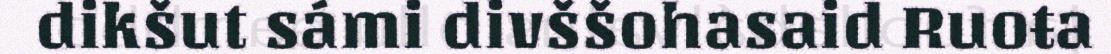
dikšut sámi divššohasaid Ruoŧa